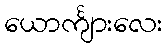
ယောင်္ကျားလေး